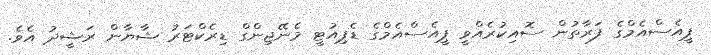
ޕީއެސްއެމްގެ ފަރާތުން ސޮއިކުރެއްވީ ޕީއެސްއެމްގެ ޑެޕިއުޓީ މެނޭޖިންގް ޑިރެކްޓަރު ޝާޔާން ރަޝީދު އެވެ.